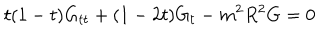
t ( 1 - t ) G _ { t t } + ( 1 - 2 t ) G _ { t } - m ^ { 2 } R ^ { 2 } G = 0